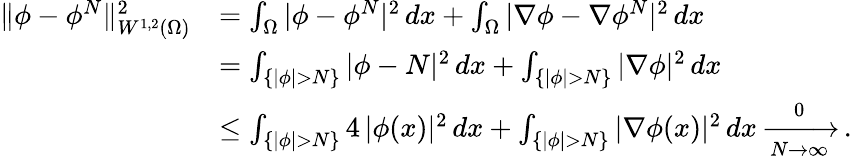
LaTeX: \begin{array}{rl}{\| \phi-\phi^{N}\| _{W^{1,2}(\Omega)}^{2}}&{=\int_{\Omega}|\phi-\phi^{N}|^{2}\, dx+\int_{\Omega}|\nabla\phi-\nabla\phi^{N}|^{2}\, dx}\\ &{=\int_{\{ |\phi|>N\} }|\phi-N|^{2}\, dx+\int_{\{ |\phi|>N\} }|\nabla\phi|^{2}\, dx}\\ &{\leq\int_{\{ |\phi|>N\} }4\, |\phi(x)|^{2}\, dx+\int_{\{ |\phi|>N\} }|\nabla\phi(x)|^{2}\, dx\xrightarrow[N\to\infty]0\, .}\end{array}